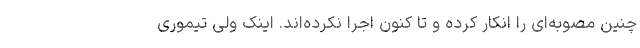
چنین مصوبه‌ای را انکار کرده و تا کنون اجرا نکرده‌اند. اینک ولی تیموری